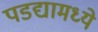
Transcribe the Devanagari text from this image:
पडद्यामध्ये